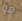
هو